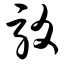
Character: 驳